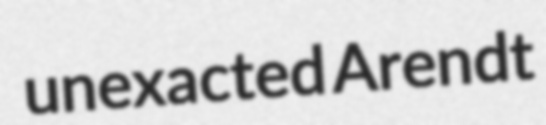
unexacted Arendt